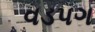
વડપગ